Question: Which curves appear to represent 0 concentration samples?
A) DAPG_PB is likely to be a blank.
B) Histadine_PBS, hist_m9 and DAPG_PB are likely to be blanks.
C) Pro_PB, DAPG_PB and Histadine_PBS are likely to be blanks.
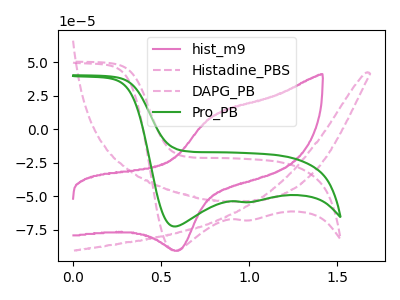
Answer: <think>The pink curve "hist_m9" has an anodic peak at (0.80V, 10.15uA) and a cathodic peak at (0.60V, -90.00uA). The pink dashed curve "Histadine_PBS" has cathodic peaks at (0.60V, -90.55uA) (0.95V, -67.85uA). The pink dashed curve "DAPG_PB" has no peaks. The green curve "Pro_PB" has cathodic peaks at (0.60V, -72.40uA) (0.95V, -54.25uA).</think>
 <answer>A) "DAPG_PB" is likely to be a blank.</answer>
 <eval>A</eval>